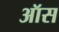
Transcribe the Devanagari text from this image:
ऑस